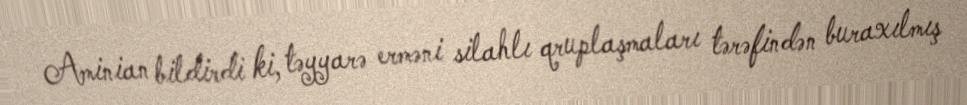
Aminian bildirdi ki, təyyarə erməni silahlı qruplaşmaları tərəfindən buraxılmış